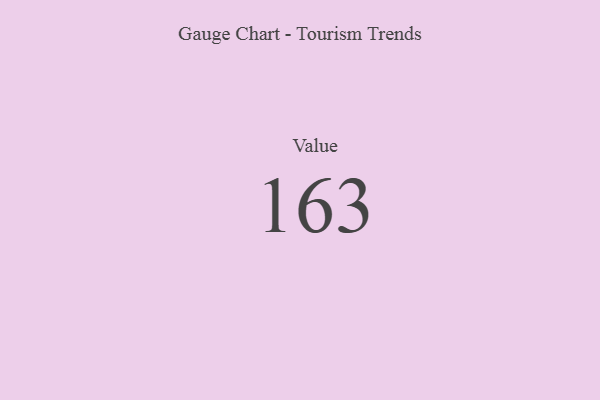
{"axis": {"x": "Metric", "y": "Value"}, "legend": [""], "data": [{"x": "Value", "y": 163, "type": ""}]}